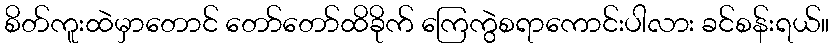
စိတ်ကူးထဲမှာတောင် တော်တော်ထိခိုက် ကြေကွဲစရာကောင်းပါလား ခင်စန်းရယ်။